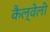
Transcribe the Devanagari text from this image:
कैल्वेली